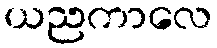
ယညကာလေ